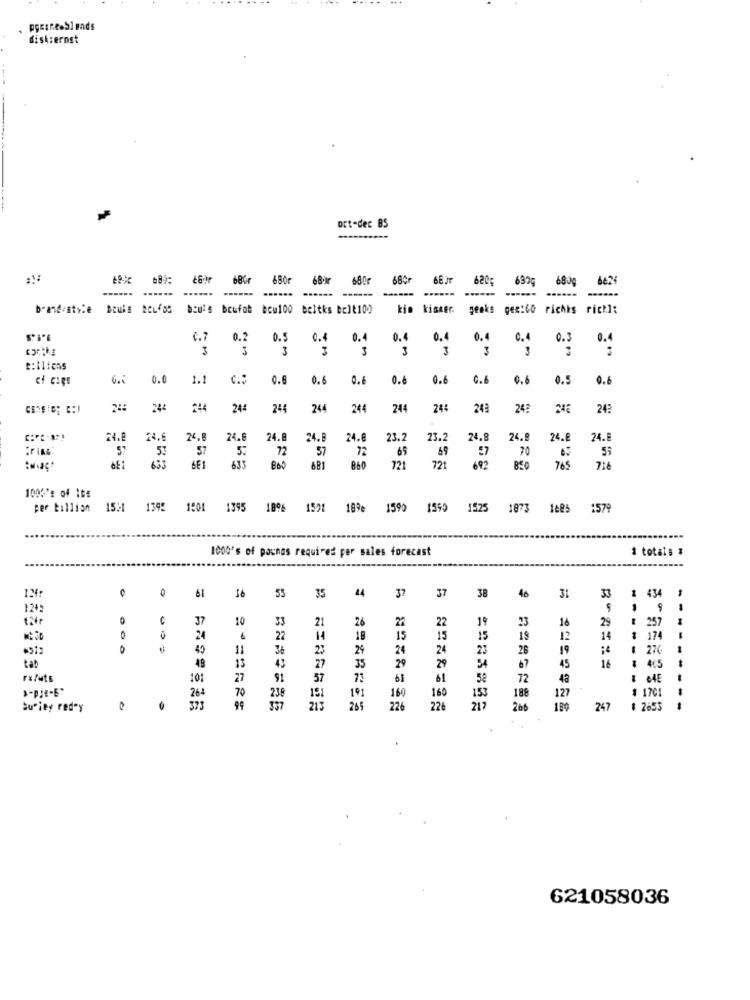
pgeinesSlends
disk:ernst
oct-dec BS
680r
68kr
680r
66JT
620;
630g
680g
6624
---...
.....
-----
------
b-and-style
bou's brufob bow100 beltks belt10)
kin kisker.
Jeska
ger:Co riches rick]:
C.7
0.2
0.5
0.4
0.4
0.
0.4
0.4
0.4
0.3
3
3
3
3
3
3
3
#:iliens
0.0
1.1
c .:
0.6
0.6
0.8
0.6
0.6
0.6
0.6
0.5
0.6
24
244
244
244
244
244
24:
243
242
246
242
24.8
24.6
24.8
24.8
24.8
24.8
24.8
23.2
23.2
24.8
24.8
24.8
24.8
57
57
5.
72
57
72
65
69
57
70
633
681
860
721
721
692
765
7:6
100%': of IDE
per billion
15:
139: 1501
1395
18%
1591
189e
1590
1590 1525 1873 1485 1579
1000's of paunas required per sales forecast
1 totals #
0
44
0
61
16
55
35
37
37
38
46
31
33 & 434
1245
0
37
10
21
26
22
22
19
23
29
฿ 257
33
16
0
24
22
14
18
15
15
15
19
12
14
174
40
11
36
23
29
24
24
23
28
19
₡ 276
54
tab
49
15
43
27
35
29
29
67
45
16
405
-
rx/uts
101
27
91
57
61
61
52
72
4ª
----
# 170
261
70
238
191
191
160
160
153
188
127
--
SuPiey red'y
213
205
226
22
217
200
247
2653
1
621058036